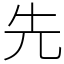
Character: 先